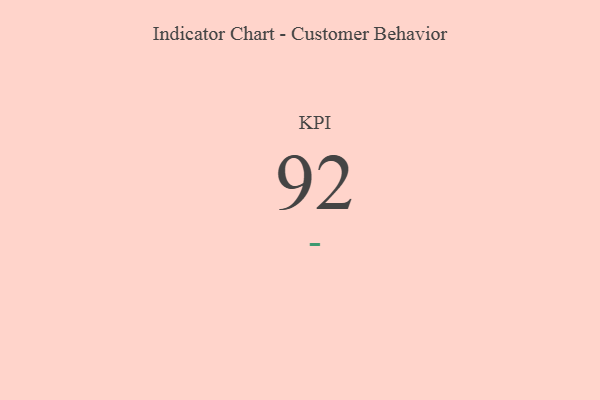
{"axis": {"x": "KPI", "y": "Value"}, "legend": [""], "data": [{"x": "KPI", "y": 92, "type": ""}]}